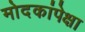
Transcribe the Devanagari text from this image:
मोदकांपेक्षा